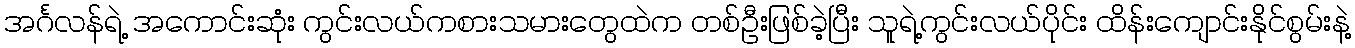
အင်္ဂလန်ရဲ့ အကောင်းဆုံး ကွင်းလယ်ကစားသမားတွေထဲက တစ်ဦးဖြစ်ခဲ့ပြီး သူရဲ့ကွင်းလယ်ပိုင်း ထိန်းကျောင်းနိုင်စွမ်းနဲ့